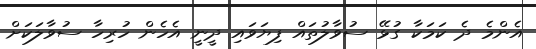
އެންމެ ދެ ކަމަކާ ގުޅޭ ސުވާލުތައް ފިޔަވައި ދީނީ އެހެން ހުރިހާ ސުވާލަކަށް